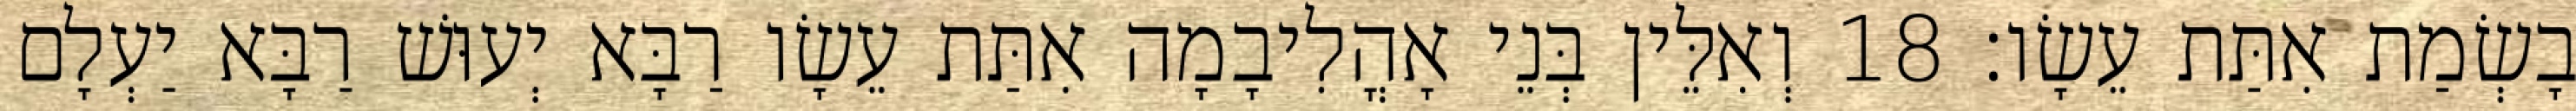
בָשְׂמַת אִתַּת עֵשָׂו׃ 18 וְאִלֵּין בְּנֵי אָהֳלִיבָמָה אִתַּת עֵשָׂו רַבָּא יְעוּשׁ רַבָּא יַעְלָם